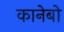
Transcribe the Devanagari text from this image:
कानेबो